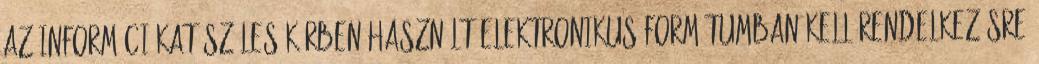
az információkat széles körben használt elektronikus formátumban kell rendelkezésre